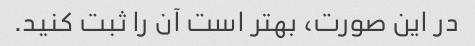
در این صورت، بهتر است آن را ثبت کنید.